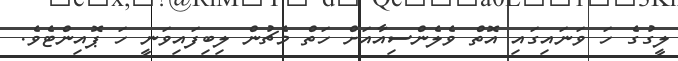
ލީގުގެ ހަ ވަނައިގައި އޮތް ވެލެންސިއާއަށް ހަތް މެޗުން ލިބިފައިވަނީ ހަ ޕޮއިންޓެވެ.